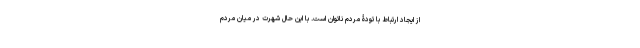
از ایجاد ارتباط با تودۀ مردم ناتوان است. با این حال شهرت در میان مردم